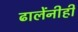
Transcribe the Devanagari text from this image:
ढालेंनीही